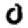
Digit: 0